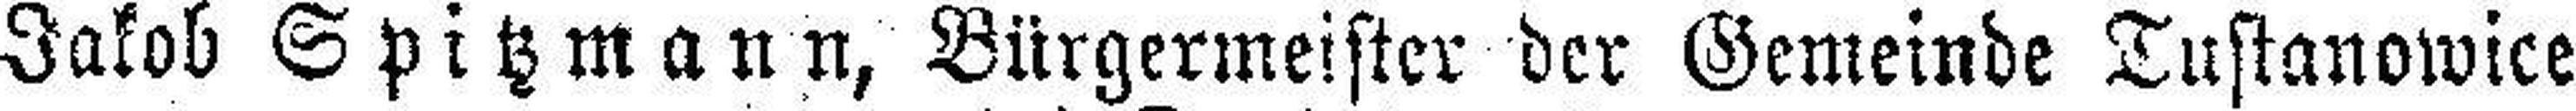
Jakob Spitzmann, Bürgermeister der Gemeinde Tustanowice